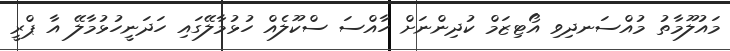
މައުލޫމާތު މުއްސަނދިވި އޯޓިޒަމް ކުދިންނަށް ހާއްސަ ސްކޫލެއް ހުޅުމާލޭގައި ހަދަނީހުޅުމާލޭ އާ ޕްރީ